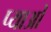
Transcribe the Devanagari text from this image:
प्याओं